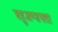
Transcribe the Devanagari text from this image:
बहुअण्डपता